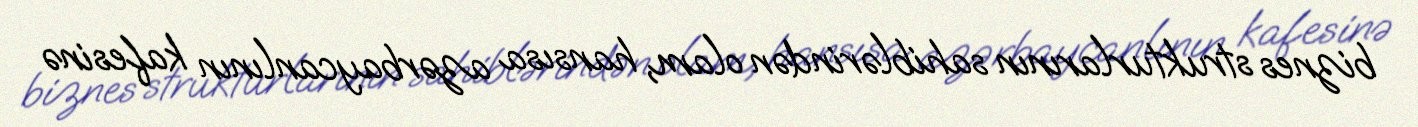
biznes strukturlarının sahiblərindən olam, hansısa azərbaycanlının kafesinə